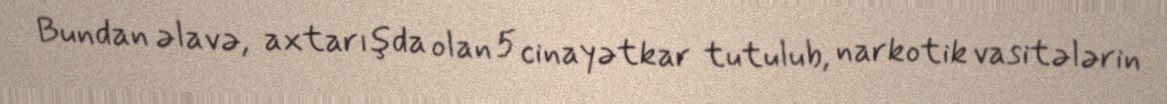
Bundan əlavə, axtarışda olan 5 cinayətkar tutulub, narkotik vasitələrin